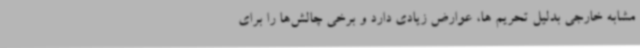
مشابه خارجی بدلیل تحریم ها، عوارض زیادی دارد و برخی چالش‌ها را برای